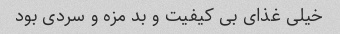
خیلی غذای بی کیفیت و بد مزه و سردی بود